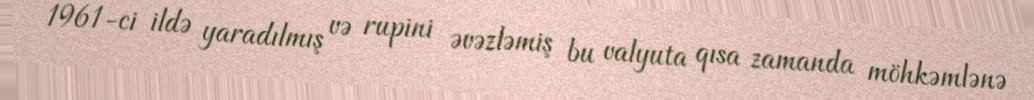
1961-ci ildə yaradılmış və rupini əvəzləmiş bu valyuta qısa zamanda möhkəmlənə